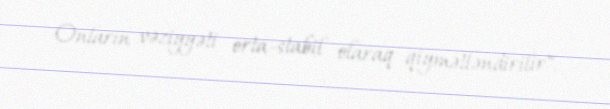
Onların vəziyyəti orta-stabil olaraq qiymətləndirilir".